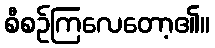
စီစဉ်ကြလေတော့၏။